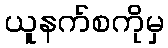
ယူနက်စကိုမှ